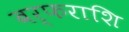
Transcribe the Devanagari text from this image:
बर्फराशि